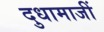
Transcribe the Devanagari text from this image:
दुधामाजीं